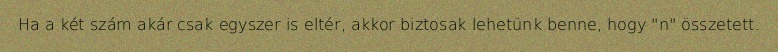
Ha a két szám akár csak egyszer is eltér, akkor biztosak lehetünk benne, hogy "n" összetett.